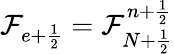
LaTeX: \mathcal{F}_{e+\frac{{1}}{{2}}}=\mathcal{F}_{N+\frac{{1}}{{2}}}^{n+\frac{{1}}{{2}}}